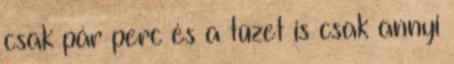
csak pár perc és a tüzet is csak annyi